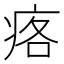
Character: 𱱓